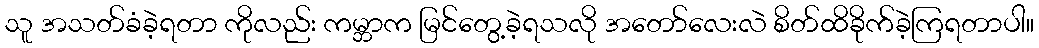
သူ အသတ်ခံခဲ့ရတာ ကိုလည်း ကမ္ဘာက မြင်တွေ့ခဲ့ရသလို အတော်လေးလဲ စိတ်ထိခိုက်ခဲ့ကြရတာပါ။